Medical and sanitary report of the native army of Madras for the year
Year: 1878
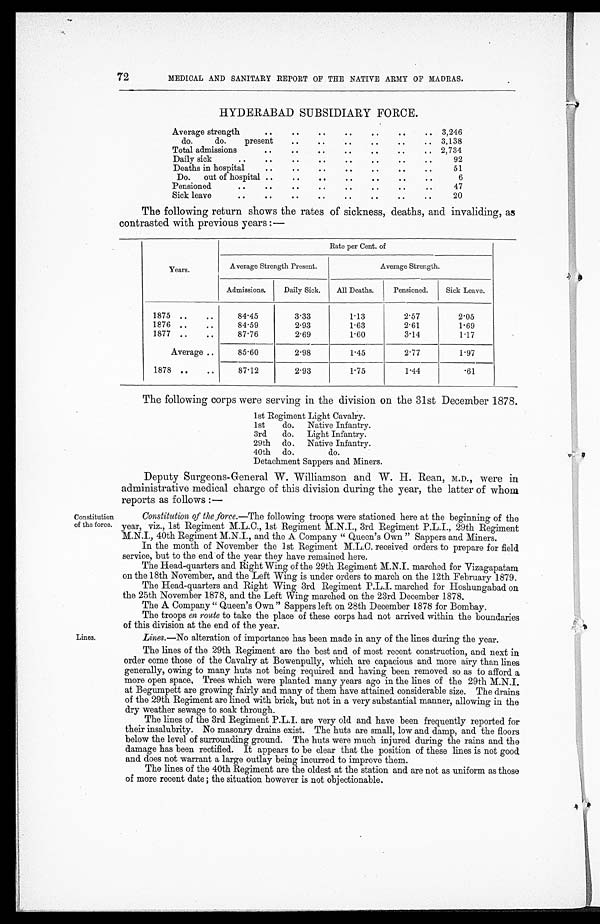
72
MEDICAL AND SANITARY REPORT OF THE NATIVE ARMY OF MADRAS.
HYDERABAD SUBSIDIARY FORCE.
Average strength
. .
. .
. .
. .
. .
..
. . 3,246
do.
do.
present
. . . .
. .
. .
. .
.. 3,138
Total admissions
. .
. .
. .
. .
. .
. .
. . 2,734
Daily sick
..
. .
. .
. .
. .
. .
. .
..
92
Deaths in hospital
. .
. .
. .
. .
. .
. .
. .
51
Do. out of hospital ..
. .
. .
. .
. .
. .
. .
6
Pensioned
. .
. .
. .
. .
. .
. .
. .
. .
47
Sick leave
. .
. .
. .
. .
. .
. .
. .
. .
20
The following return shows the rates of sickness, deaths, and invaliding, as
contrasted with previous years :
—
Years.
Rate per Cent. of
Average Strength Present.
Average Strength.
Admissions.
Daily Sick.
All Deaths.
Pensioned.
Sick Leave.
1875 ..
..
84.45
3.33
1.13
2.57
2.05
1876 ..
..
84.59
2.93
1.63
2.61
1.69
1877 ..
..
87.76
2.69
1.60
3.14
1.17
Average ..
85.60
2.98
1.45
2.77
1.97
1878 ..
..
87.12
2.93
1.75
1.44
.61
The following corps were serving in the division on the 31st December 1878.
1st Regiment Light Cavalry.
1st
do. Native Infantry.
3rd. do. Light Infantry.
29th do. Native Infantry.
40th do.
do.
Detachment Sappers and Miners.
Constitution
of the force.
Lines.
Deputy Surgeons-General W. Williamson and W. H. Rean, M.D., were in
administrative medical charge of this division during the year, the latter of whom
reports as follows :—
Constitution of the force. —The following troops were stationed here at the beginning of the
year, viz., 1st Regiment M.L.C., 1st Regiment M.N.I., 3rd Regiment P.L.I., 29th Regiment
M.N.I., 40th Regiment M.N.I., and the A Company " Queen's Own " Sappers and Miners.
In the month of November the 1st Regiment M.L.C. received orders to prepare for field
service, but to the end of the year they have remained here.
The Head-quarters and Right Wing of the 29th Regiment M.N.I. marched for Vizagapatam
on the 18th November, and the Left Wing is under orders to march on the 12th February 1879.
The Head-quarters and Right Wing 3rd Regiment P.L.I. marched for Hoshungabad on
the 25th November 1878, and the Left Wing marched on the 23rd December 1878.
The A Company " Queen's Own " Sappers left on 28th December 1878 for Bombay.
The troops en route to take the place of these corps had not arrived. within the boundaries
of this division at the end of the year.
Lines.—No alteration of importance has been made in any of the lines during the year.
The lines of the 29th Regiment are the best and of most recent construction, and next in
order come those of the Cavalry at Bowenpully, which are capacious and more airy than lines
generally, owing to many huts not being required. and having been removed so as to afford a
more open space, Trees which were planted many years ago in the lines of the 29th M.N.I.
at Begumpett are growing fairly and many of them have attained considerable size. The drains
of the 29th Regiment are lined with brick, but not in a very substantial manner, allowing in the
dry weather sewage to soak through.
The lines of the 3rd Regiment P.L.I. are very old and have been frequently reported for
their insalubrity. No masonry drains exist. The huts are small, low and damp, and the floors
below the level of surrounding ground.. The huts were much injured during the rains and the
damage has been rectified. It appears to be clear that the position of these lines is not good
and does not warrant a large outlay being incurred to improve them.
The lines of the 40th Regiment are the oldest at the station and are not as uniform as those
of more recent date ; the situation however is not objectionable.